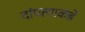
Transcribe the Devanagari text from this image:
दांपत्याकडे